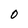
Character: 0